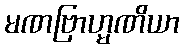
မဏဗြာဟ္မဏိယာ